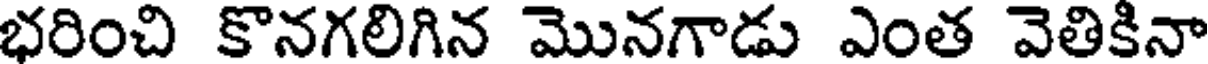
భరించి కొనగలిగిన మొనగాడు ఎంత వెతికినా